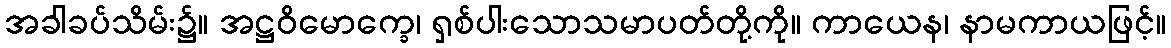
အခါခပ်သိမ်း၌။ အဋ္ဌဝိမောက္ခေ၊ ရှစ်ပါးသောသမာပတ်တို့ကို။ ကာယေန၊ နာမကာယဖြင့်။